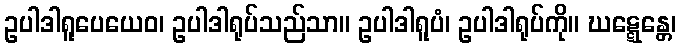
ဥပါဒါရူပေယေဝ၊ ဥပါဒါရုပ်သည်သာ။ ဥပါဒါရူပံ၊ ဥပါဒါရုပ်ကို။ ဃဋ္ဋေန္တေ၊